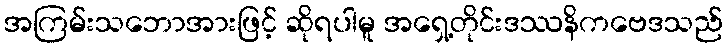
အကြမ်းသဘောအားဖြင့် ဆိုရပါမူ အရှေ့တိုင်းဒဿနိကဗေဒသည်